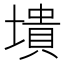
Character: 墤